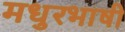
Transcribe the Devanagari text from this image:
मधुरभाषी